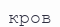
кров